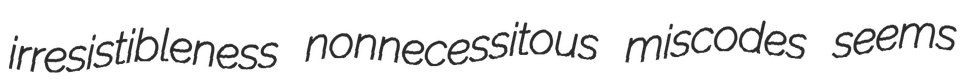
irresistibleness nonnecessitous miscodes seems